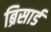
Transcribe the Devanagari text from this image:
ब्रिसार्ड